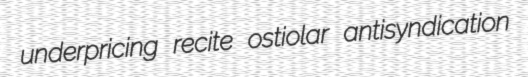
underpricing recite ostiolar antisyndication